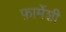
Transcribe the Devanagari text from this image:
फ़ार्मेशी